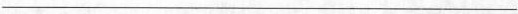
___